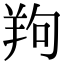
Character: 𦍵